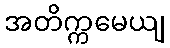
အတိက္ကမေယျ